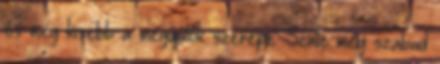
és még kisebb a megújulók szerepe. Szinte még szabad